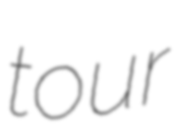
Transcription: tour